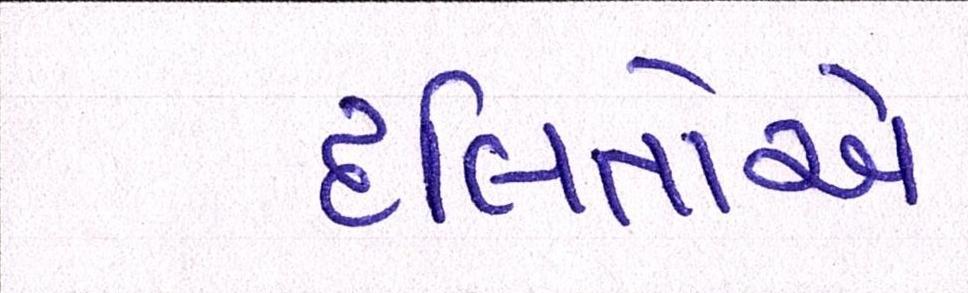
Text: દલિતોએ